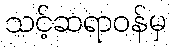
သင့်ဆရာဝန်မှ